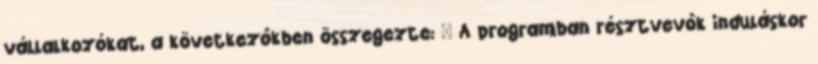
vállalkozókat, a következôkben összegezte: — A programban résztvevôk induláskor